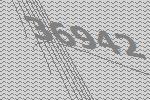
36942